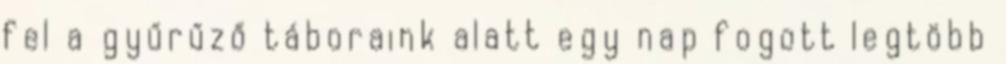
fel a gyűrűző táboraink alatt egy nap fogott legtöbb